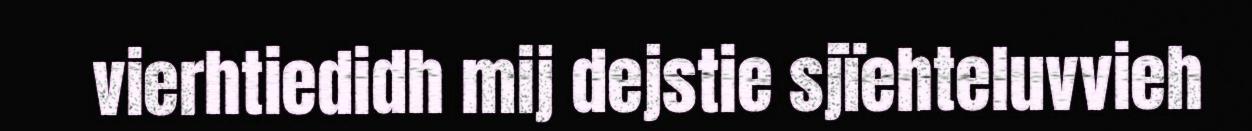
vierhtiedidh mij dejstie sjïehteluvvieh